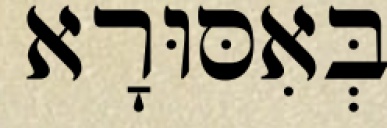
בְּאִסּוּרָא